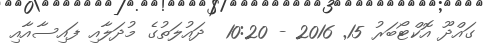
ގައްދޫ އޮކްޓޯބަރު 15